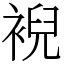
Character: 䘽